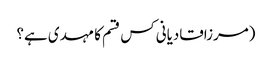
(مرزاقادیانی کس قسم کا مہدی ہے؟